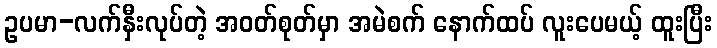
ဥပမာ-လက်နှီးလုပ်တဲ့ အဝတ်စုတ်မှာ အမဲစက် နောက်ထပ် လူးပေမယ့် ထူးပြီး